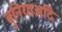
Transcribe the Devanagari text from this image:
बुनियाअदि